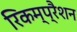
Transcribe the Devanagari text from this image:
रिकम्प्रैशन